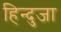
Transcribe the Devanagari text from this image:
हिन्दुजा